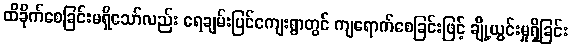
ထိခိုက်စေခြင်းမရှိသော်လည်း ရေချမ်းပြင်ကျေးရွာတွင် ကျရောက်စေခြင်းဖြင့် ချို့ယွင်းမှုရှိခြင်း